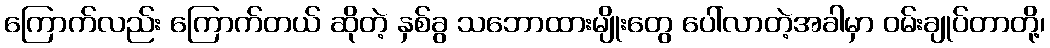
ကြောက်လည်း ကြောက်တယ် ဆိုတဲ့ နှစ်ခွ သဘောထားမျိုးတွေ ပေါ်လာတဲ့အခါမှာ ဝမ်းချုပ်တာတို့၊